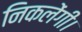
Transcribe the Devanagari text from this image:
निकलेंगी।